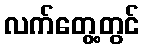
လက်တွေ့တွင်